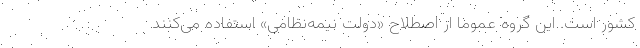
کشور است. این گروه عموما از اصطلاح «دولت نیمه‌نظامی» استفاده می‌کنند